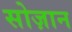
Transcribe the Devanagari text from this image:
सोज़ान